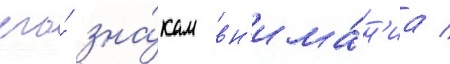
его́ зна́кам вн'има́н'иа /